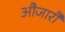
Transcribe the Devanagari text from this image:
औजारौं